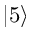
| 5 \rangle